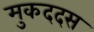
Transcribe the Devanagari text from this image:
मुकददस